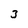
Character: 3